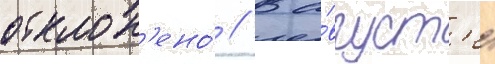
отклон'ено́ // В а́вгуст'е